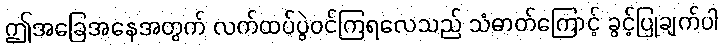
ဤအခြေအနေအတွက် လက်ထပ်ပွဲဝင်ကြရလေသည် သံဓာတ်ကြောင့် ခွင့်ပြုချက်ပါ